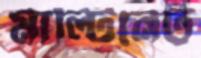
মাল্টিনেট